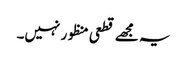
یہ مجھے قطعی منظور نہیں۔